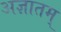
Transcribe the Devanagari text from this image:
अज्ञातम्‌